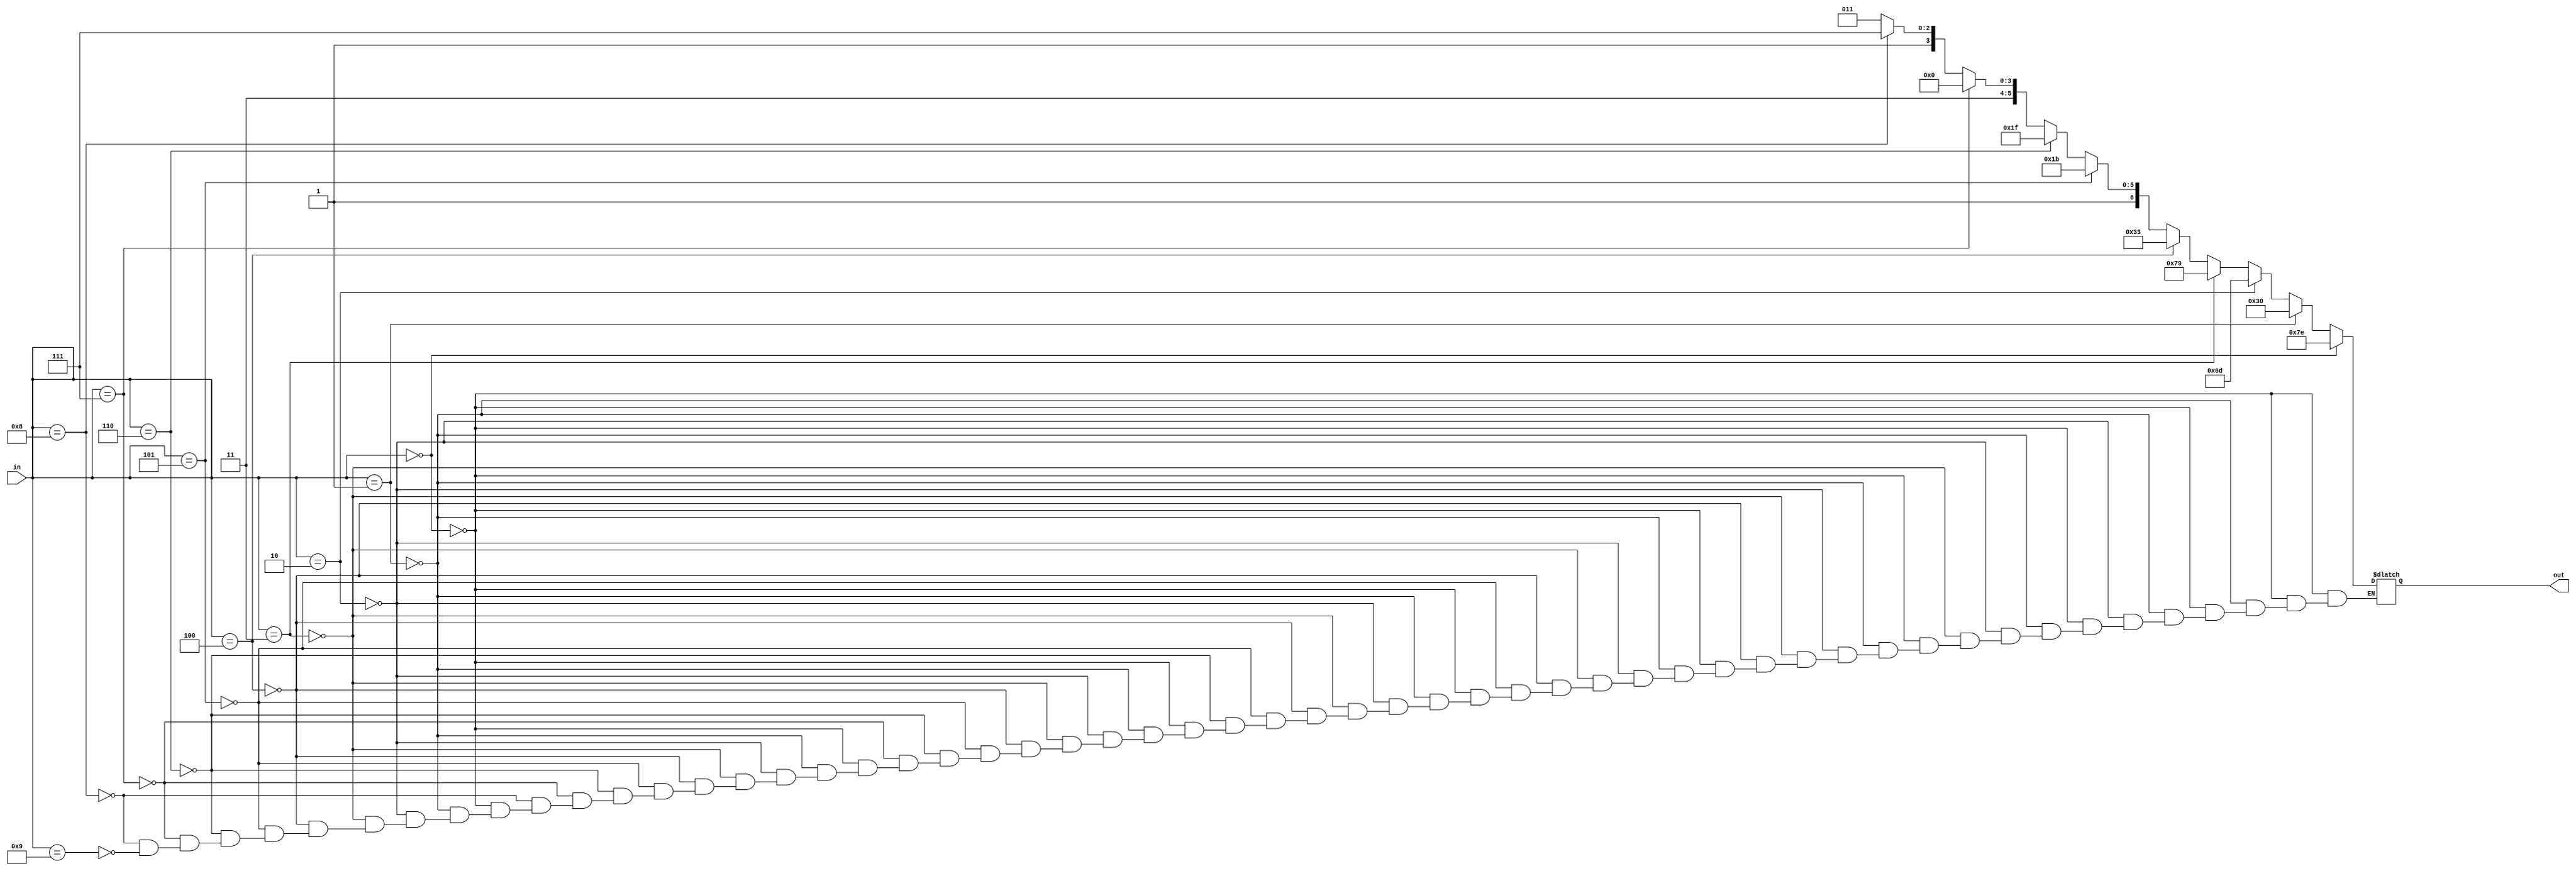
module bcd_7segment(in, out);
	
	input [3:0] in;		//input
	output reg [6:0] out;	//segments
	
	always @(in) begin
		
		if(in == 4'b0000)
			out = 7'b1111110;
		else if(in == 4'b0001)
			out = 7'b0110000;
		else if(in == 4'b0010)
			out = 7'b1101101;
		else if(in == 4'b0011)
			out = 7'b1111001;
		else if(in == 4'b0100)
			out = 7'b0110011;
		else if(in == 4'b0101)
			out = 7'b1011011;
		else if(in == 4'b0110)
			out = 7'b1011111;
		else if(in == 4'b0111)
			out = 7'b1110000;
		else if(in == 4'b1000)
			out = 7'b1111111;
		else if(in == 4'b1001)
			out = 7'b1111011;
	end
	
	
	
	
endmodule